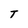
Character: T